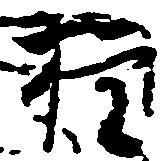
権